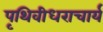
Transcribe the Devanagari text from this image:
पृथिवीधराचार्य